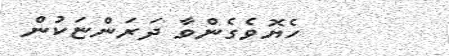
ހެޔޮވެގެންވާ ދަރަންޏަކުން